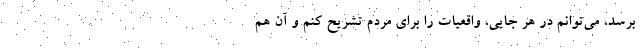
برسد، می‌توانم در هر جایی، واقعیات را برای مردم تشریح کنم و آن هم